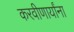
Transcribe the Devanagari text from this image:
करवीणार्यांना